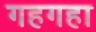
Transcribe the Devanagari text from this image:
गहगहा